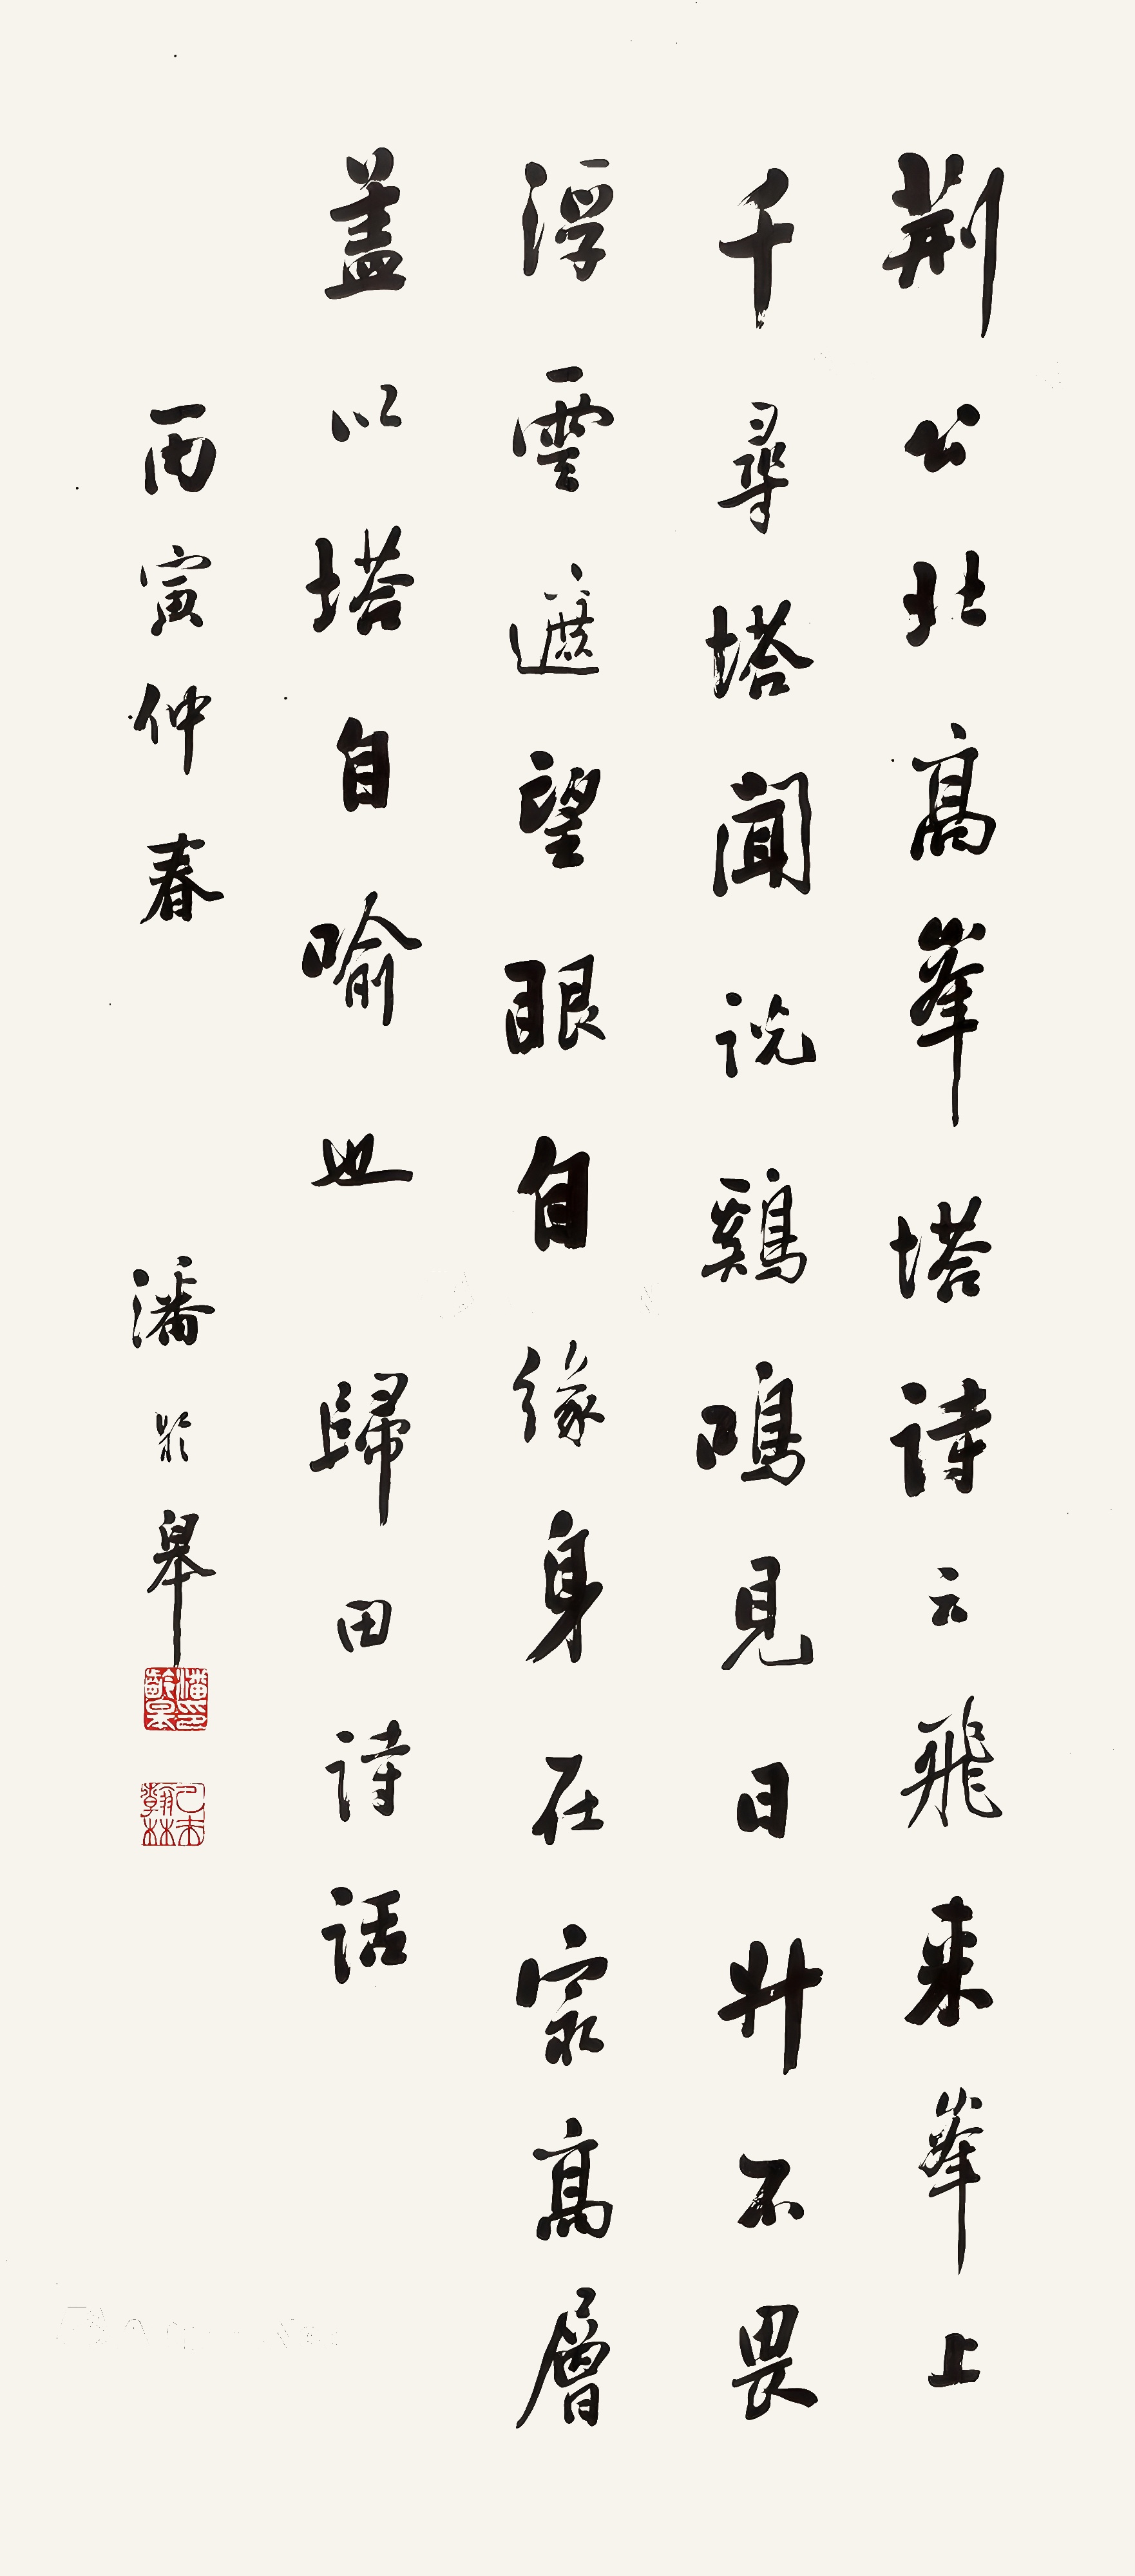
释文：荆公北高峰塔诗云：飞来峰上千寻塔，闻说鸡鸣见日升。不畏浮云遮望眼，自缘身在最高层。盖以自喻也。归田诗话。丙寅仲春，潘龄皋。